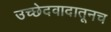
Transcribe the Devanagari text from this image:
उच्छेदवादातूनच